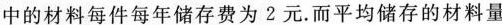
中的材料每件每年储存费为2元。而平均储存的材料量